Calcutta medical institutions reports 1871-78
Year: 1871
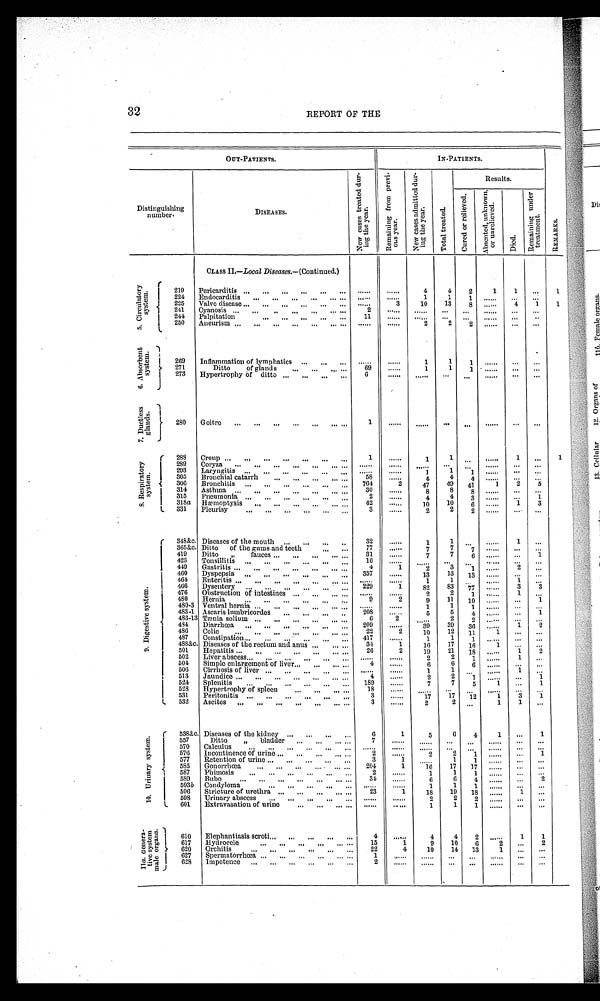
32
REPORT OF THE
OUT-PATIENTS.
IN-PATIENTS.
REMARKS.
Distinguishing
number.
DISEASES.
N e w c a s e s t r e a t e d d u r -
i n g t h e y e a r .
R e m a i n i n g f r o m p r e v i -
o u s y e a r .
N e w c a s e s a d m i t t e d d u r -
i n g t h e y e a r .
T o t a l t r e a t e d .
Results.
C u r e d o r r e l i e v e d .
A b s e n t e d , u n k n o w n ,
o r u n r e l i e v e d .
D i e d .
R e m a i n i n g u n d e r
t r e a t m e n t .
CLASS II.— Local Diseases.—(Continued.)
5 . C i r c u l a t o r y
s y s t e m .
219
Pericarditis ...
...
...
...
...
...
. . . . . .
. . . . . .
4
4
2
1
1
...
1
224
Endocarditis
...
...
...
...
... ...
......
. . . . . .
1
1
1
......
...
...
225
Valve disease ...
...
...
...
. . .
. . .
. . . . . .
3
10
13
8
......
4
1
1
241
Cyanosis ...
...
..
...
...
...
. . .
2
......
. . . . . .
. . .
. . .
......
. . .
. . .
244
Palpitation
...
...
...
. . .
...
11
. . . . . . ......
...
... .........
. . .
250
Aneurism ...
...
...
...
...
... . . .
. . . . . .
. . . . . . 2
2
2 ...... ... ...
6 . A b s o r b e n t
s y s t e m .
269
Inflammation of lymphatics ...
...
. . .
. . . . . .
. . . . . .
1
1
1 ......
...
...
271
Ditto
of glands
...
...
... ...
69
......
1
1
1 ......
...
...
273
Hypertrophy of ditto ...
...
...
...
6
. . . . . . ......
...
. . .
......
. . .
...
7 . D u c t l e s s
g l a n d s .
280
Goitre
...
...
...
...
...
... ...
1
. . . . . .
. . . . . .
...
...
......
...
. . .
8 . R e s p i r a t o r y
s y s t e m . 288
Croup ...
...
...
...
...
...
...
1
......
1
1 ...
......
1
...
1
289
Coryza
...
...
...
...
...
... ...
. . . . . .
. . . . . .
......
...
...
......
...
...
293
Laryngitis ...
...
...
...
...
...
. . . . . .
. . . . . .
1
1
1 ......
...
...
305
Bronchial catarrh
...
...
...
... ...
58
......
4
4
4
......
. . .
. . .
306
Bronchitis ...
...
...
...
...
...
764
2
47
49
41
1
2
5
314
Asthma
. . . ...
...
...
...
... ...
30
. . . . . .
8
8
8
......
...
...
315
Pneumonia ...
...
...
...
...
...
2
......
4
4
3
......
...
1
318a Hæmoptysis
...
...
...
...
...
. . .
42
......
10
10
6
......
1
3
331
Pleurisy
. . . ...
. . . ...
. . .
...
3
......
2
2
2 ......
. . .
. . .
9 . D i g e s t i v e s y s t e m .
348&c. Diseases of the mouth ...
...
...
. . .
32
......
1
1 ...
......
1
...
365&c. Ditto
of the gums and teeth
. . .
. . .
77
......
7
7
7
......
. . .
. . .
419
Ditto ,, fauces ...
...
...
...
. . .
31
......
7
7
6
......
...
1
423
Tonsillitis ... ...
...
...
...
...
16
......
......
. . .
. . .
. . . . . .
. . .
. . .
449
Gastritis ...
...
...
...
...
...
. . .
4
1
2
3
1
. . . . . .
2
...
460
Dyspepsia ...
...
...
...
...
. . .
357
......
13
13
1 3 ......
...
...
464
Enteritis ...
...
...
...
...
... ...
. . . . . .
. . . . . .
1
1
. . . ......
1
...
466
Dysentery
...
...
... ...
...
. . . 229
1
82
83
77
......
3
3
476
Obstruction of intestines ...
...
... ...
. . . . . .
. . . . . .
2
2
1 ......
1
...
480
Hernia
. . .
...
...
...
...
. . .
9
2
9
11
1 0 ......
...
1
480-3 Ventral hernia ...
...
...
...
...
. . .
. . . . . .
. . . . . .
1 1
1 ......
...
...
483-1 Ascaris lumbricordes
...
...
...
. . .
208
......
5
5
4 ......
...
1
483-13 Tænia solium ...
...
... ...
...
...
6
2 ......
2
2
. . . . . .
. . .
. . .
4 8 4 Diarrhœa
...
...
...
...
...
...
209
......
39
39
36
......
1
2
486
Colic
...
...
...
...
...
... . . .
22
2
10
12
1 1
1
. . .
. . .
487
Constipation . . .
...
. . . ...
...
...
4 1 7
......
1
1
1 ......
...
...
4 8 8 &c . Diseases of the rectum and anus ...
... ...
34
1
16
17
16
1
. . .
. . .
501
Hepatitis
...
. . .
...
...
...
... ...
26
2
19
21
18
......
1
2
502
Liver abscess
... ... ... ... ...
. . .
. . . . . .
. . . . . .
2
2
1
. . . . . . 1
...
504
Simple enlargement o f liver
...
...
...
. . .
4
......
6
6
6
......
...
...
506
Cirrhosis o f liver ...
...
...
...
...
. . . . . .
. . . . . .
1
1
. . .
. . . . . .
1
. . .
513
Jaundice ...
...
...
... ...
...
. . .
4
. . . . . .
2
2
1
. . . . . . ...
1
524
Splenitis
...
..,
...
...
...
. . .
1 8 9
. . . . . .
7
7
5
1
. . .
1
528
Hypertrophy o f spleen
...
. . .
... ...
1 8 ...... ......
. . .
. . .
. . . . . .
. . .
. . .
531
Peritonitis
. . .
...
...
...
...
...
3
......
17
1 7
12
1
3
1
532
Ascites ...
. . . ...
. . .
. . .
...
. . .
3
......
2
2
...
1
1
...
1 0 . U r i n a r y s y s t e m . 538&c. Diseases of the kidney ...
...
...
. . .
6
1
5
6
4
1
...
1
557
Ditto ,, bladder
...
...
...
. . .
7
......
......
...
. . . ......
...
...
570
Calculus
... ...
... ...
...
. . .
. . . . . .
. . . . . .
. . . . . .
. . .
...
......
. . .
. . .
576
Incontinence o f urine
...
...
...
... ...
2
......
2
2
1
......
...
1
577
Retention of urine ...
. . . ...
...
...
3
1
......
1
1
......
...
...
585
Gonorrhœa
...
. . .
... ...
... ...
204
1
16
17
17
. . . . . .
. . .
. . .
587
Phimosis
... ...
. . . ...
...
...
2
......
1
1
1
. . . . . . ...
. . .
589
Bubo
...
. . . ...
. . . ...
... . . .
3 4
......
6
6
4
. . . . . . ...
2
593 b Condyloma
...
. . .
...
. . .
. . .
. . . . . .
. . . . . .
1
1
1
......
. . .
. . .
596
Stricture of urethra ...
. . . ...
. . . ...
23
1
18
19
18
. . . . . .
1
...
598
Urinary abscess ...
. . .
...
...
. . .
. . . . . .
. . . . . .
2
2
2
......
...
. . .
601
Extravasation o f urine
. . . ...
... ...
......
......
1
1
1 ......
...
...
1 1
a .
G e n e r a -
t i v e s y s t e m
m a l e o r g a n s .
610
Elephantiasis scroti
...
... ...
. . .
...
4
......
4
4
2
. . . . . .
1
1
617
Hydrocele
...
...
. . . ...
...
. . .
15
1
9
10
6
2
...
2
620
Orchitis
...
...
. . .
...
. . .
...
22
4
10
14
13
1
. . .
. . .
627
Spermatorrhœa
... ...
. . . ...
... . . .
1
......
......
...
...
......
...
...
628
Impotence ... ...
. . . ...
. . .
...
2
. . . . . .......
. . .
...
......
...
. . .